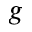
^ g